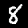
Label: 8